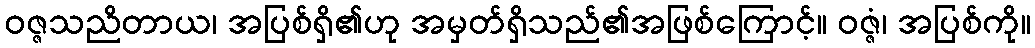
ဝဇ္ဇသညိတာယ၊ အပြစ်ရှိ၏ဟု အမှတ်ရှိသည်၏အဖြစ်ကြောင့်။ ဝဇ္ဇံ၊ အပြစ်ကို။